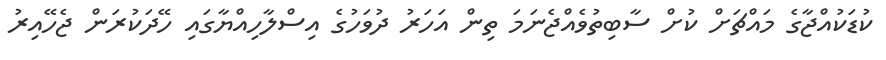
ކުޑަކުއްޖާގެ މައްޗަށް ކުށް ސާބިތުވެއްޖެނަމަ ތިން އަހަރު ދުވަހުގެ އިސްލާހިއްޔާގައި ހޭދަކުރަން ޖެހޭއިރު